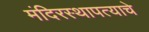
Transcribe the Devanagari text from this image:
मंदिरस्थापत्याचे